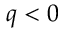
q < 0